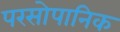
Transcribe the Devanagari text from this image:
परसोपानिक